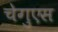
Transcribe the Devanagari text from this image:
चेगुएस